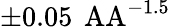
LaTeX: \pm 0.05\, \mathrm{\ AA}^{-1.5}